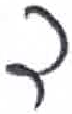
אות: ד